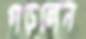
গড়লেন